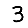
Digit: 3